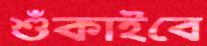
শুঁকাইবে